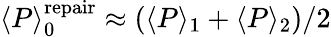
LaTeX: \langle P\rangle_{0}^{\mathrm{repair}}\approx\left(\langle P\rangle_{1}+\langle P\rangle_{2}\right)/2